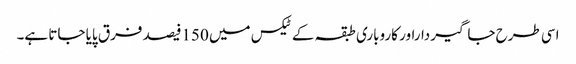
اسی طرح جاگیرداراور کاروباری طبقہ کے ٹیکس میں 150فیصد فرق پایا جاتا ہے۔